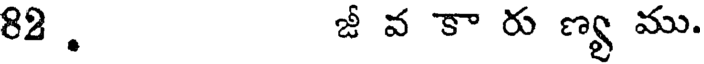
82 . జీ వ కా రు ణ్య ము.